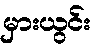
မှားယွင်း